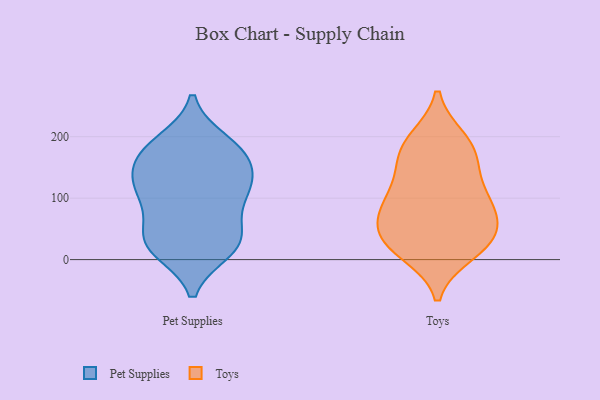
{"axis": {"x": "Website Visitors", "y": "Value"}, "legend": ["Pet Supplies", "Toys"], "data": [{"x": "", "y": 120, "type": "Pet Supplies"}, {"x": "", "y": 20, "type": "Pet Supplies"}, {"x": "", "y": 103, "type": "Pet Supplies"}, {"x": "", "y": 114, "type": "Pet Supplies"}, {"x": "", "y": 30, "type": "Pet Supplies"}, {"x": "", "y": 163, "type": "Pet Supplies"}, {"x": "", "y": 31, "type": "Pet Supplies"}, {"x": "", "y": 177, "type": "Pet Supplies"}, {"x": "", "y": 180, "type": "Pet Supplies"}, {"x": "", "y": 127, "type": "Pet Supplies"}, {"x": "", "y": 116, "type": "Pet Supplies"}, {"x": "", "y": 191, "type": "Pet Supplies"}, {"x": "", "y": 167, "type": "Pet Supplies"}, {"x": "", "y": 16, "type": "Pet Supplies"}, {"x": "", "y": 32, "type": "Pet Supplies"}, {"x": "", "y": 66, "type": "Pet Supplies"}, {"x": "", "y": 73, "type": "Toys"}, {"x": "", "y": 82, "type": "Toys"}, {"x": "", "y": 48, "type": "Toys"}, {"x": "", "y": 194, "type": "Toys"}, {"x": "", "y": 150, "type": "Toys"}, {"x": "", "y": 11, "type": "Toys"}, {"x": "", "y": 39, "type": "Toys"}, {"x": "", "y": 99, "type": "Toys"}, {"x": "", "y": 27, "type": "Toys"}, {"x": "", "y": 16, "type": "Toys"}, {"x": "", "y": 96, "type": "Toys"}, {"x": "", "y": 196, "type": "Toys"}, {"x": "", "y": 159, "type": "Toys"}, {"x": "", "y": 39, "type": "Toys"}, {"x": "", "y": 175, "type": "Toys"}, {"x": "", "y": 106, "type": "Toys"}]}